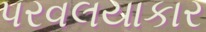
પરવલયાકાર